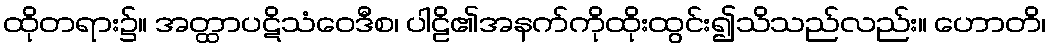
ထိုတရား၌။ အတ္ထာပဋိသံဝေဒီစ၊ ပါဠိ၏အနက်ကိုထိုးထွင်း၍သိသည်လည်း။ ဟောတိ၊